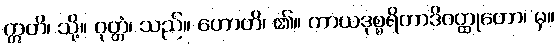
ဣတိ၊ သို့။ ဝုတ္တံ၊ သည်။ ဟောတိ၊ ၏။ ကာယဒုစ္စရိတာဒိဝတ္ထုတော၊ မှ။